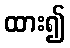
ထား၍